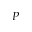
P